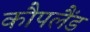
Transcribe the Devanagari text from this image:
कौपलैंड